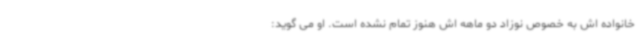
خانواده اش به خصوص نوزاد دو ماهه اش هنوز تمام نشده است. او می گوید: